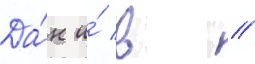
Да́н и́ в //